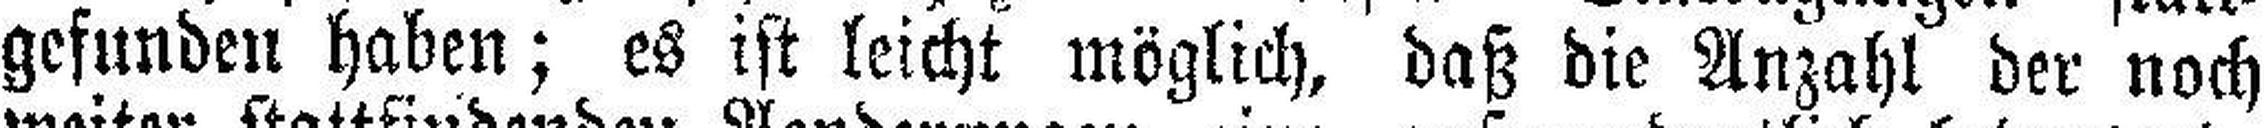
gefunden haben; es ist leicht möglich, daß die Anzahl der noch